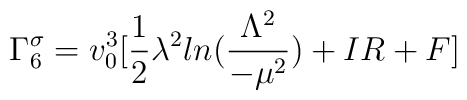
\Gamma_6^{\sigma}=v_0^3 [\frac{1}{2}\lambda^2ln(\frac{\Lambda^2}{-\mu^2}) + IR+ F]